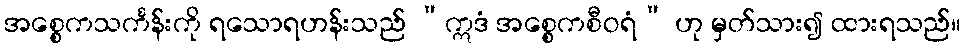
အစ္စေကသင်္ကန်းကို ရသောရဟန်းသည် “ဣဒံ အစ္စေကစီဝရံ” ဟု မှတ်သား၍ ထားရသည်။